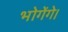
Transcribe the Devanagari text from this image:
भोगेंगे।